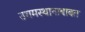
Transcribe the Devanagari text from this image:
उगमस्थानाबाबत